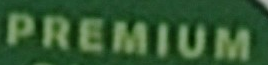
PREMIUM